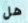
هل